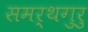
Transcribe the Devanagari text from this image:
समर्थगुरु